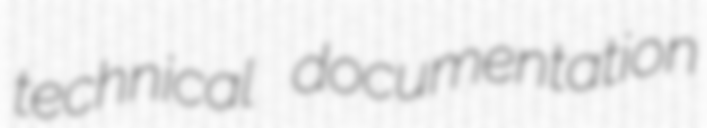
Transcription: technical documentation